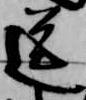
送